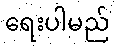
ရေးပါမည်